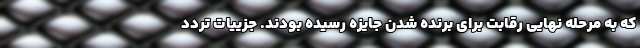
که به مرحله نهایی رقابت برای برنده شدن جایزه رسیده بودند. جزییات تردد